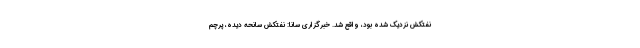
نفتکش نزدیک شده بود، واقع شد. خبرگزاری سانا: نفتکش سانحه دیده، پرچم